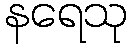
နရေသု